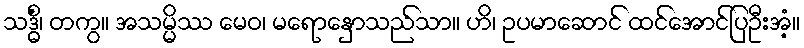
သဒ္ဓိံ၊ တကွ။ အသမ္မိဿ မေဝ၊ မရောနှောသည်သာ။ ဟိ၊ ဥပမာဆောင် ထင်အောင်ပြဦးအံ့။